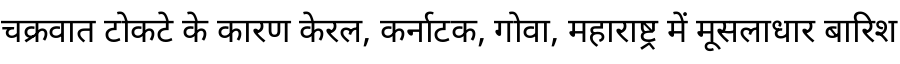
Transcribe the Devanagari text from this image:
चक्रवात टोकटे के कारण केरल, कर्नाटक, गोवा, महाराष्ट्र में मूसलाधार बारिश